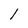
Character: l